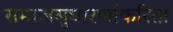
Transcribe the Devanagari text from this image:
समाजसुधारणांकरिता